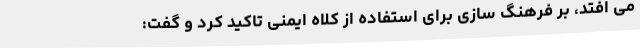
می افتد، بر فرهنگ سازی برای استفاده از کلاه ایمنی تاکید کرد و گفت: